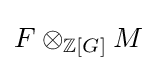
F\otimes _{\mathbb {Z} [G]}M